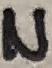
Text: N